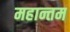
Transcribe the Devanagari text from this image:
महान्तम